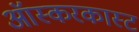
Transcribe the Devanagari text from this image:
ऑस्करकास्ट